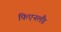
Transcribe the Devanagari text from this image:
फिएनलैंड